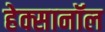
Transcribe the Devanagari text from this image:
हेक्सानॉल